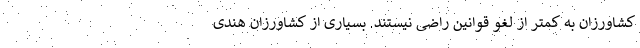
کشاورزان به کمتر از لغو قوانین راضی نیستند. بسیاری از کشاورزان هندی